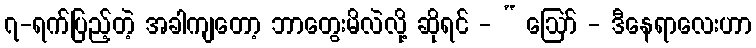
၇-ရက်ပြည့်တဲ့ အခါကျတော့ ဘာတွေးမိလဲလို့ ဆိုရင် - “ ဩော် - ဒီနေရာလေးဟာ